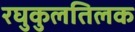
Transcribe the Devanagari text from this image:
रघुकुलतिलक